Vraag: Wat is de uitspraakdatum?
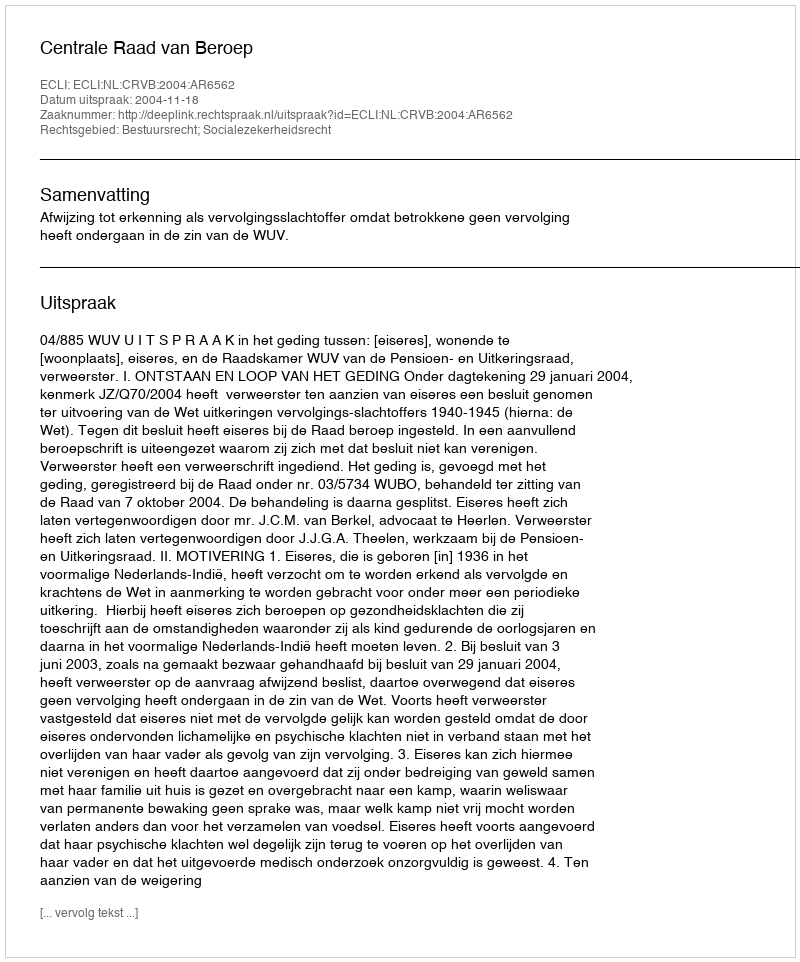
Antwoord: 2004-11-18